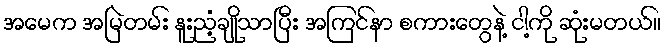
အမေက အမြဲတမ်း နူးညံ့ချိုသာပြီး အကြင်နာ စကားတွေနဲ့ ငါ့ကို ဆုံးမတယ်။